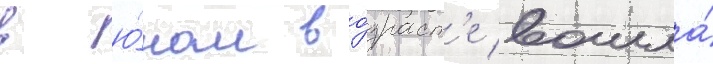
в ю́ном во́зраст'е вошла́